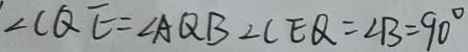
\angle C Q E = \angle A Q B \angle C E Q = \angle B = 9 0 ^ { \circ }